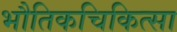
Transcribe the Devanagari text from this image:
भौतिकचिकित्सा